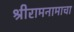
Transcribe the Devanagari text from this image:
श्रीरामनामाचा